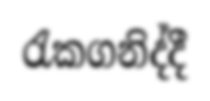
රැකගනිද්දී